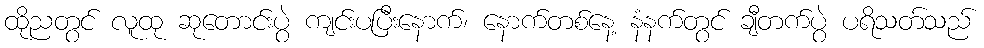
ထိုညတွင် လူထု ဆုတောင်းပွဲ ကျင်းပပြီးနောက်၊ နောက်တစ်နေ့ နံနက်တွင် ချီတက်ပွဲ ပရိသတ်သည်